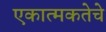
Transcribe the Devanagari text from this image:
एकात्मकतेचे